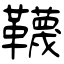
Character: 韈